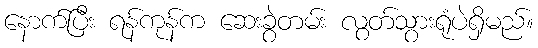
နောက်ပြီး ရန်ကုန်က ဆေးခွဲတမ်း လွတ်သွားရုံပဲရှိမည်။